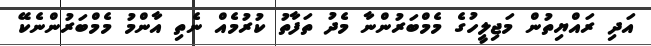
އަދި ރައްޔިތުން މަޖިލީހުގެ މެމްބަރުންނާ މެދު ތަފާތު ކުރުމެއް ނެތި އާންމު މެމްބަރުންނެކޭ